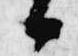
候